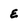
Character: e